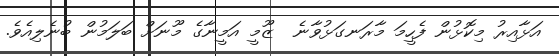
އަޅާއިރު މިކޮޅުން ފެހީމަ މާރަނގަޅުވާނެ  ޒޫމީ އަމީނާގެ މޫނަށް ބަލަމުން ބުނެލިއެވެ.